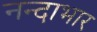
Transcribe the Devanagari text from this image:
नन्दाभार